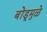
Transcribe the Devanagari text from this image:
बोंडूमुळे